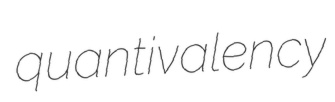
quantivalency